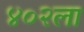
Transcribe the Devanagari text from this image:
४०२ला